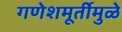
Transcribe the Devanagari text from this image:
गणेशमूर्तीमुळे